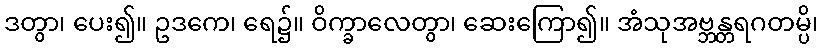
ဒတွာ၊ ပေး၍။ ဥဒကေ၊ ရေ၌။ ဝိက္ခာလေတွာ၊ ဆေးကြော၍။ အံသုအဗ္ဘန္တရဂတမ္ပိ၊